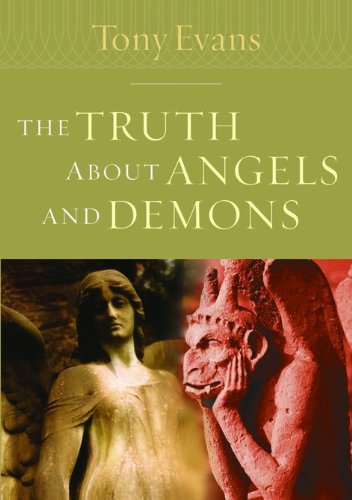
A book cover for The Truth About Angels and Demons (Kingdom Agenda Series); Tony Evans; Religion & Spirituality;